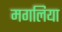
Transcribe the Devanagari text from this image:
मगलिया